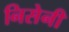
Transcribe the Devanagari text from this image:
निसेनी